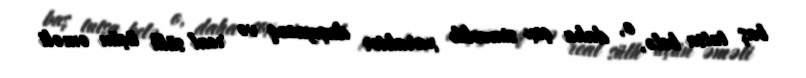
baş tutsa belə, o, daha çox simvolik xarakter daşıyacaq və real sülh üçün əməli